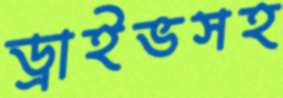
ড্রাইভসহ